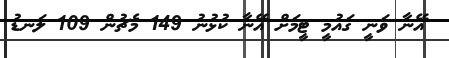
އޭނާ ވަނީ ގައުމީ ޓީމަށް އޭނާ ކުޅުނު 149 މެޗުން 109 ލަނޑު